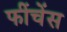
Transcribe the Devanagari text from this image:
फींचेंस